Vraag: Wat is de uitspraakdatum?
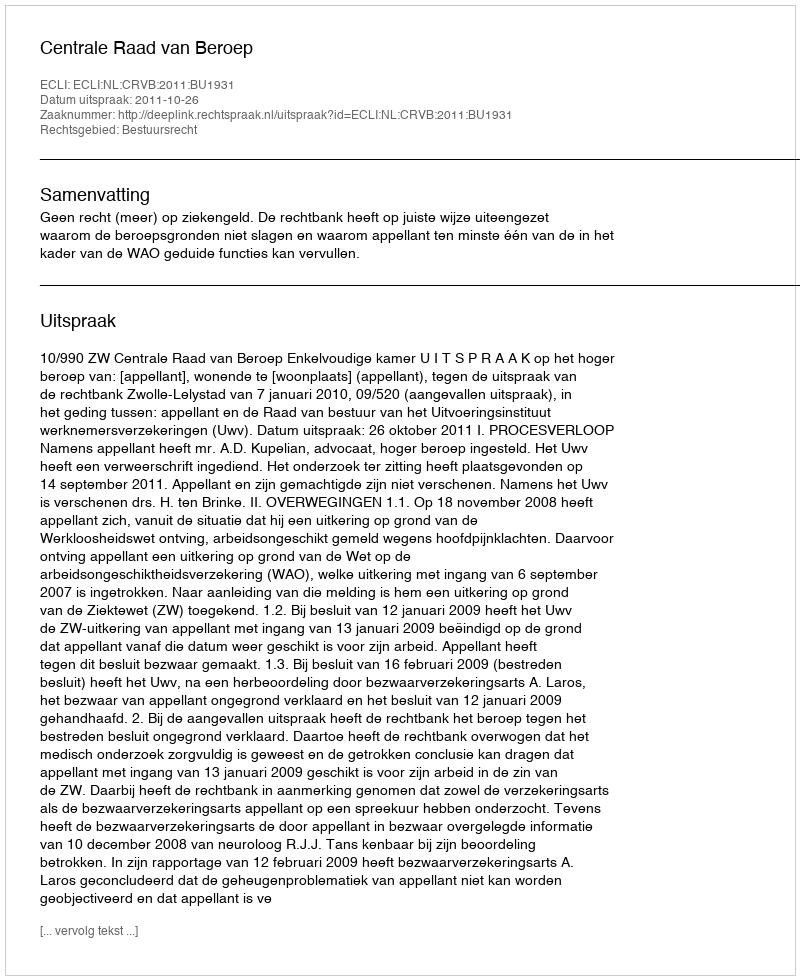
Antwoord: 2011-10-26